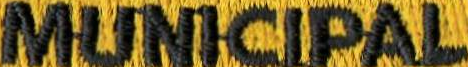
MUNICIPAL